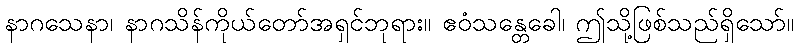
နာဂသေနာ၊ နာဂသိန်ကိုယ်တော်အရှင်ဘုရား။ ဧဝံသန္တေခေါ၊ ဤသို့ဖြစ်သည်ရှိသော်။